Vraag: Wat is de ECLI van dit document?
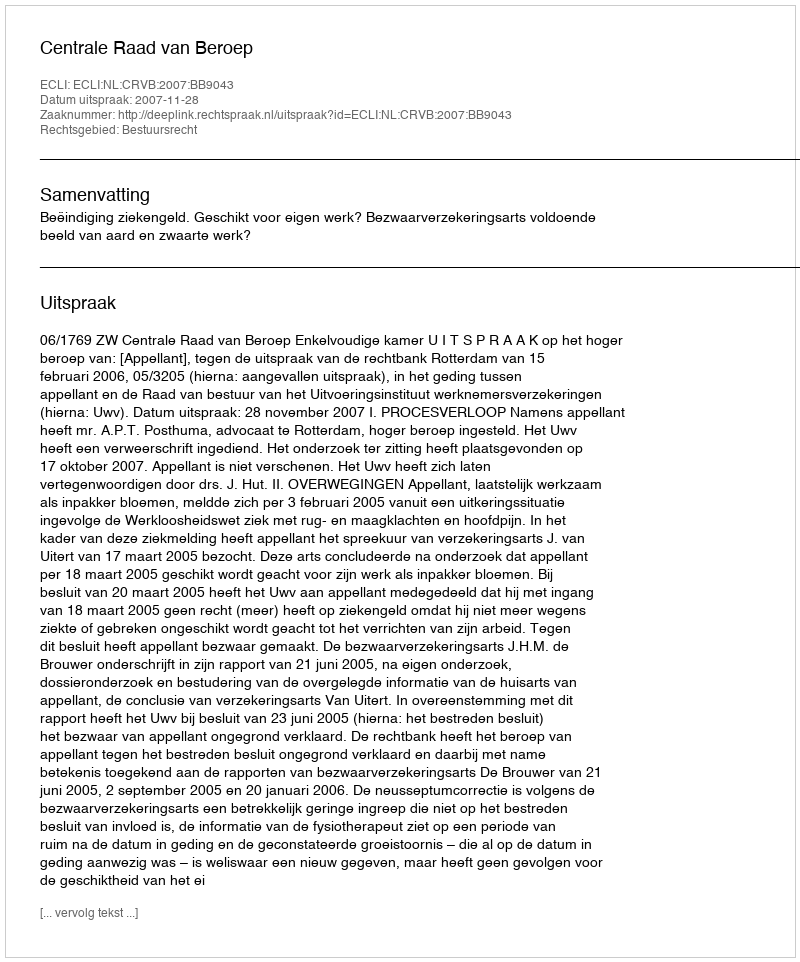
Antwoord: ECLI:NL:CRVB:2007:BB9043